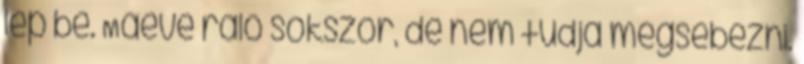
lép be. Maeve rálő sokszor, de nem tudja megsebezni.